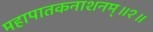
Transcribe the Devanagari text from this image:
महापातकनाशनम्‌॥१॥